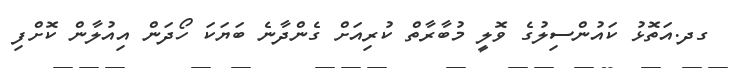
ގދ.އަތޮޅު ކައުންސިލުގެ ވޮލީ މުބާރާތް ކުރިއަށް ގެންދާނެ ބަޔަކަ ހޯދަން އިއުލާން ކޮށްފި